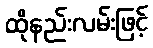
ထိုနည်းလမ်းဖြင့်